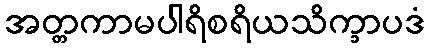
အတ္တကာမပါရိစရိယသိက္ခာပဒံ